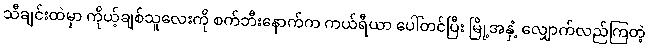
သီချင်းထဲမှာ ကိုယ့်ချစ်သူလေးကို စက်ဘီးနောက်က ကယ်ရီယာ ပေါ်တင်ပြီး မြို့အနှံ့ လျှောက်လည်ကြတဲ့